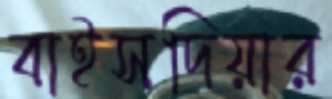
বাইসদিয়ার